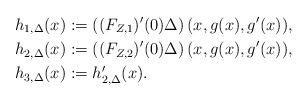
LaTeX: \begin{align*}h_{1, \Delta}(x)&:= \left((F_{Z,1})'(0) \Delta\right) (x, g(x), g'(x)), \\h_{2, \Delta}(x)&:=\left((F_{Z,2})'(0) \Delta\right) (x, g(x), g'(x)), \\h_{3, \Delta}(x)&: = h_{2, \Delta}'(x).\end{align*}